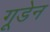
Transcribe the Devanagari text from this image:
गूडेन